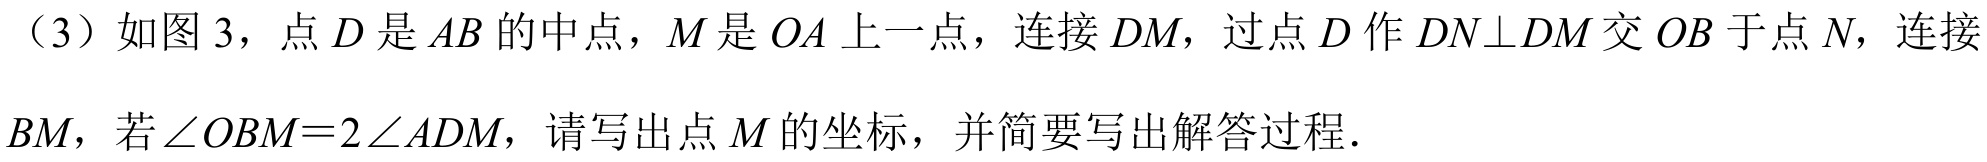
（3）如图 3，点\(D\)是\(AB\)的中点，\(M\)是\(OA\)上一点，连接\(DM\)，过点\(D\)作\(DN\perp DM\)交\(OB\)于点\(N\)，连接\(BM\)，若\(\angle OBM = 2\angle ADM\)，请写出点\(M\)的坐标，并简要写出解答过程．